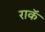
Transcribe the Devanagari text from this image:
राकॅ